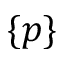
\{ p \}